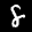
Label: 8